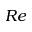
R e